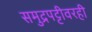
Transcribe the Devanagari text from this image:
समुद्रपट्टीवरही